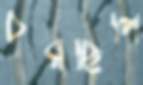
চরছিলি